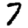
Digit: 7